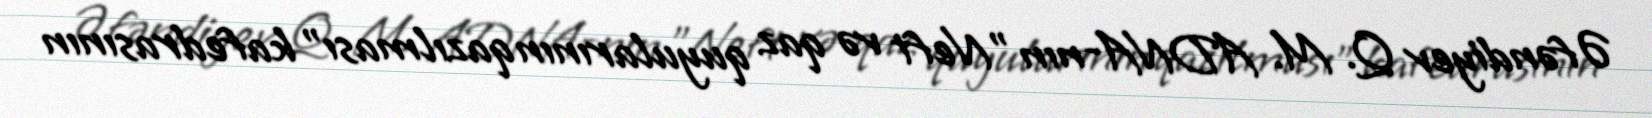
Əfəndiyev Q. M. ADNA-nın "Neft və qaz quyularının qazılması" kafedrasının